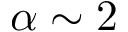
\alpha \sim 2